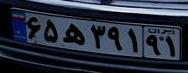
۶۵ه۳۹۱۹۱